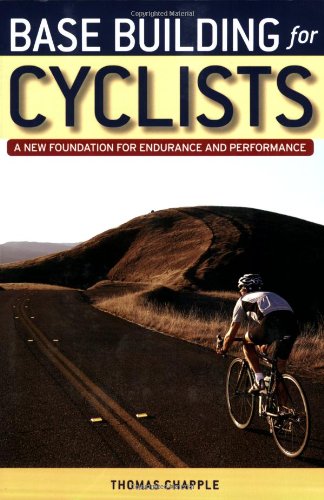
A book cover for Base Building for Cyclists: A New Foundation for Endurance and Performance; Thomas Chapple; Sports & Outdoors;